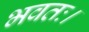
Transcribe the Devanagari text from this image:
भवतः।